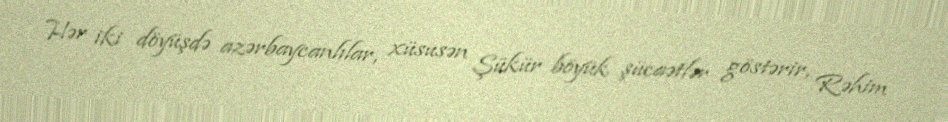
Hər iki döyüşdə azərbaycanlılar, xüsusən Şükür böyük şücaətlər göstərir, Rəhim